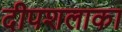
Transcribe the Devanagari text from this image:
दीपशलाका